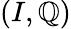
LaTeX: (I,\mathbb{Q})